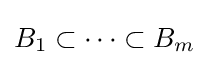
B_{1}\subset \cdots \subset B_{m}